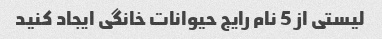
لیستی از 5 نام رایج حیوانات خانگی ایجاد کنید